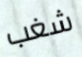
شغب